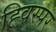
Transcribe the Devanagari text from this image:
ह्विस्पर